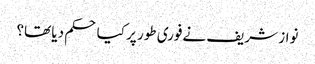
نواز شریف نےفوری طور پر کیا حکم دیا تھا؟